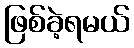
ဖြစ်ခဲ့ရမယ်